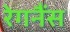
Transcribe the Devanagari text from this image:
रेगनैंस